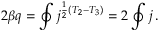
2 \beta q = \oint j ^ { \frac { 1 } { 2 } ( T _ { 2 } - T _ { 3 } ) } = 2 \oint j \, .